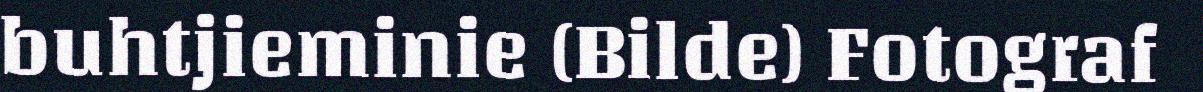
buhtjieminie (Bilde) Fotograf